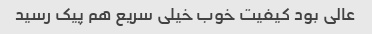
عالی بود کیفیت خوب خیلی سریع هم پیک رسید